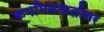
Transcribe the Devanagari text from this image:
कममिळकतीवर